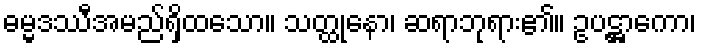
ဓမ္မဒဿီအမည်ရှိထသော။ သတ္ထုနော၊ ဆရာဘုရား၏။ ဥပဋ္ဌာကော၊